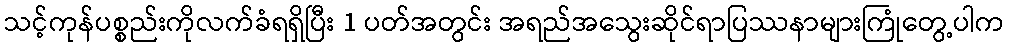
သင့်ကုန်ပစ္စည်းကိုလက်ခံရရှိပြီး 1 ပတ်အတွင်း အရည်အသွေးဆိုင်ရာပြဿနာများကြုံတွေ့ပါက